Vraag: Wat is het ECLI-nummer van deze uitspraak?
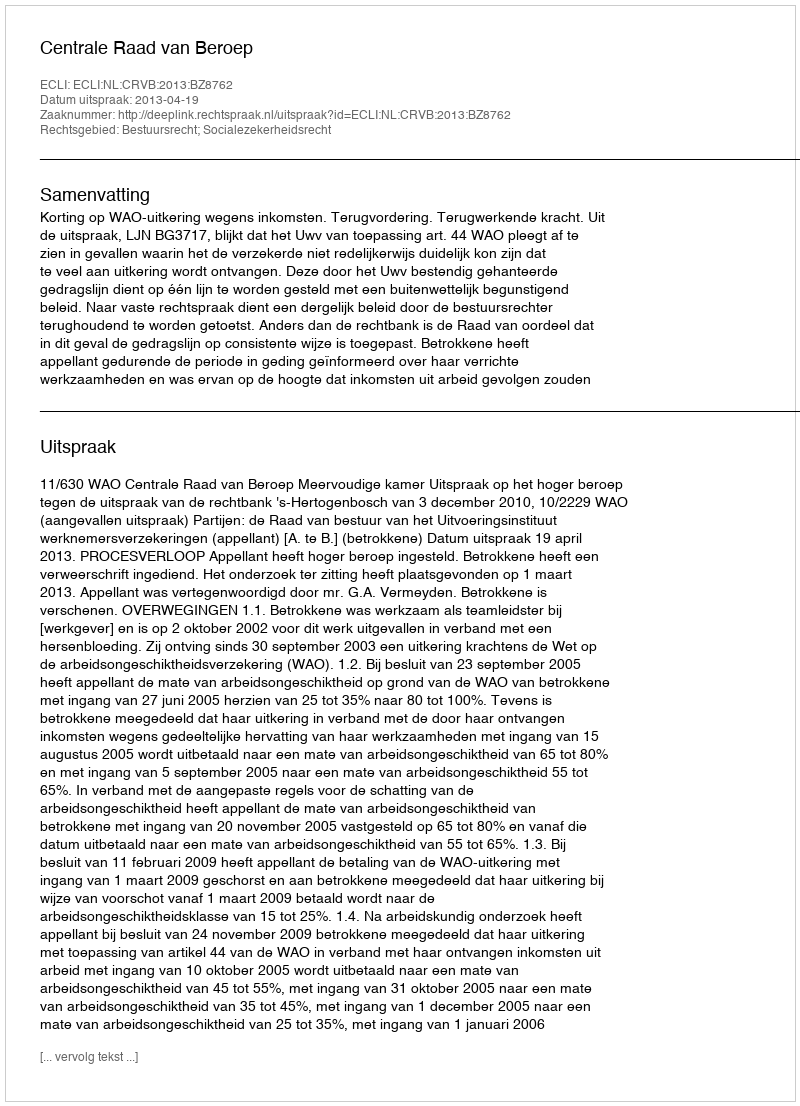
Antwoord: ECLI:NL:CRVB:2013:BZ8762